Report of the Indian Hemp Drugs Commission, 1894-1895 - Volume I
Year: 1894
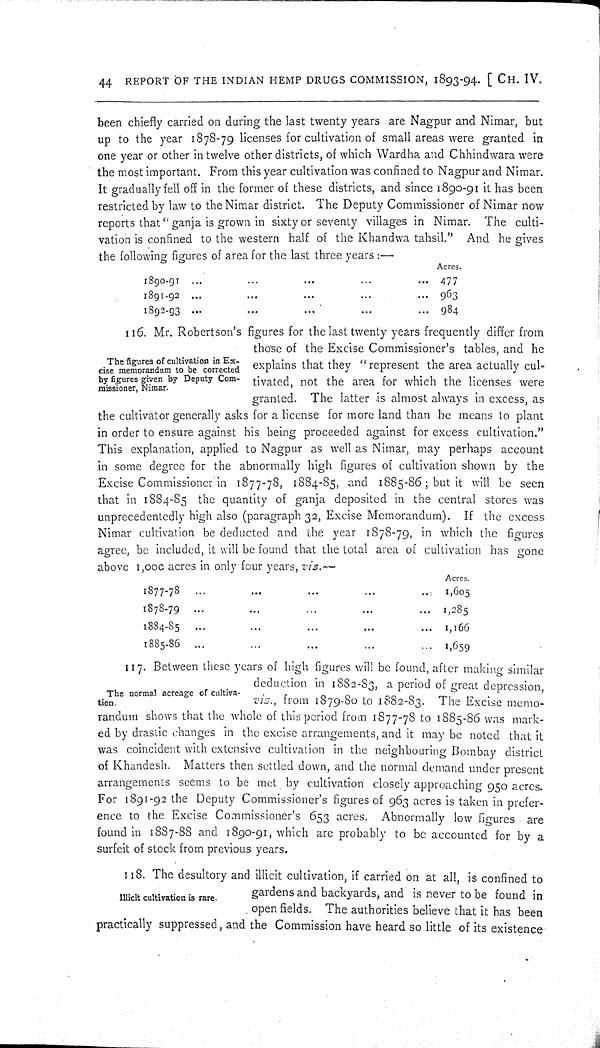
44 REPORT OF THE INDIAN HEMP DRUGS COMMISSION, 1893-94. [CH. IV.
been chiefly carried on during the last twenty years are Nagpur and Nimar, but
up to the year 1878-79 licenses for cultivation of small areas were granted in
one year or other in twelve other districts, of which Wardha and Chhindwara were
the most important. From this year cultivation was confined to Nagpur and Nimar.
It gradually fell off in the former of these districts, and since 1890-91 it has been
restricted by law to the Nimar district. The Deputy Commissioner of Nimar now
reports that "ganja is grown in sixty or seventy villages in Nimar. The culti-
vation is confined to the western half of the Khandwa tahsil." And he gives
the following figures of area for the last three years:—
Acres.
1890-91
477
1891-92
963
1892-93
984
The figures of cultivation in Ex-
cise memorandum to be corrected
by figures given by Deputy Com-
missioner, Nimar.
116. Mr. Robertson's figures for the last twenty years frequently differ from
those of the Excise Commissioner's tables, and he
explains that they "represent the area actually cul-
tivated, not the area for which the licenses were
granted. The latter is almost always in excess, as
the cultivator generally asks for a license for more land than he means to plant
in order to ensure against his being proceeded against for excess cultivation."
This explanation, applied to Nagpur as well as Nimar, may perhaps account
in some degree for the abnormally high figures of cultivation shown by the
Excise Commissioner in 1877-78, 1884-85, and 1885-86; but it will be seen
that in 1884-85 the quantity of ganja deposited in the central stores was
unprecedentedly high also (paragraph 32, Excise Memorandum). If the excess
Nimar cultivation be deducted and the year 1878-79, in which the figures
agree, be included, it will be found that the total area of cultivation has gone
above 1,000 acres in only four years, viz.—
Acres.
1877-78
1,605
1878-79
1,285
1884-85
1,166
1885-86
1,659
The normal acreage of cultiva-
tion.
117. Between these years of high figures will be found, after making similar
deduction in 1882-83, a period of great depression,
viz., from 1879-80 to 1882-83. The Excise memo-
randum shows that the whole of this period from 1877-78 to 1885-86 was mark-
ed by drastic changes in the excise arrangements, and it may be noted that it
was coincident with extensive cultivation in the neighbouring Bombay district
of Khandesh. Matters then settled down, and the normal demand under present
arrangements seems to be met by cultivation closely approaching 950 acres.
For 1891-92 the Deputy Commissioner's figures of 963 acres is taken in prefer-
ence to the Excise Commissioner's 653 acres. Abnormally low figures are
found in 1887-88 and 1890-91, which are probably to be accounted for by a
surfeit of stock from previous years.
Illicit cultivation is rare.
118. The desultory and illicit cultivation, if carried on at all, is confined to
gardens and backyards, and is never to be found in
open fields. The authorities believe that it has been
practically suppressed, and the Commission have heard so little of its existence